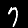
Digit: 7